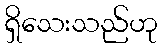
ရှိသေးသည်ဟု